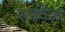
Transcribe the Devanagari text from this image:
सर्ववेळ